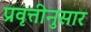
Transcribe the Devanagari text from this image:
प्रवृत्तीनुसार